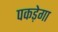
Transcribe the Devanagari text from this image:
पकड़ेगा